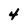
Character: 4